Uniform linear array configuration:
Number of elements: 8
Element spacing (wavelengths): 0.5
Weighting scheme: hann
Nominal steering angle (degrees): -30
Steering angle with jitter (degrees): -31.085
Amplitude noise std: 0.05
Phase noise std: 0.05

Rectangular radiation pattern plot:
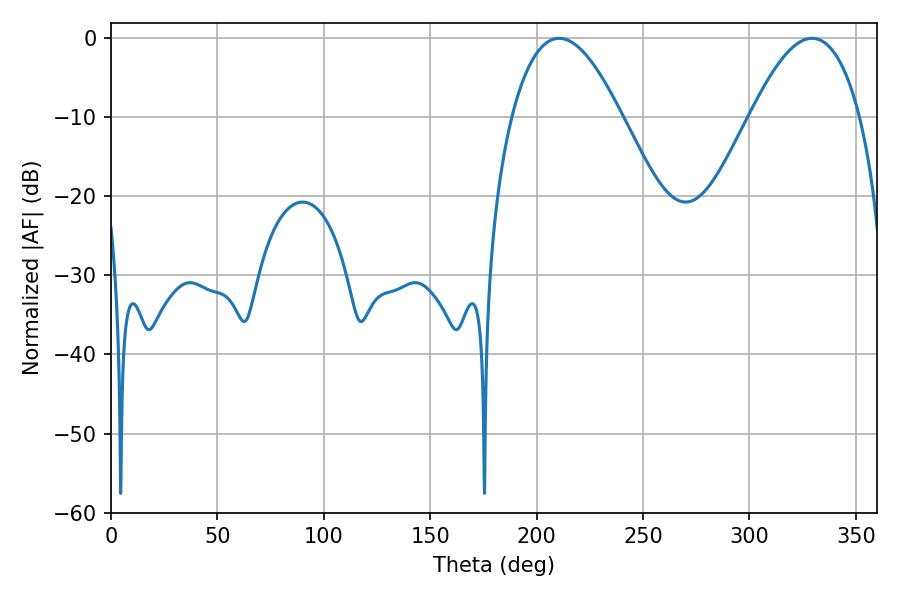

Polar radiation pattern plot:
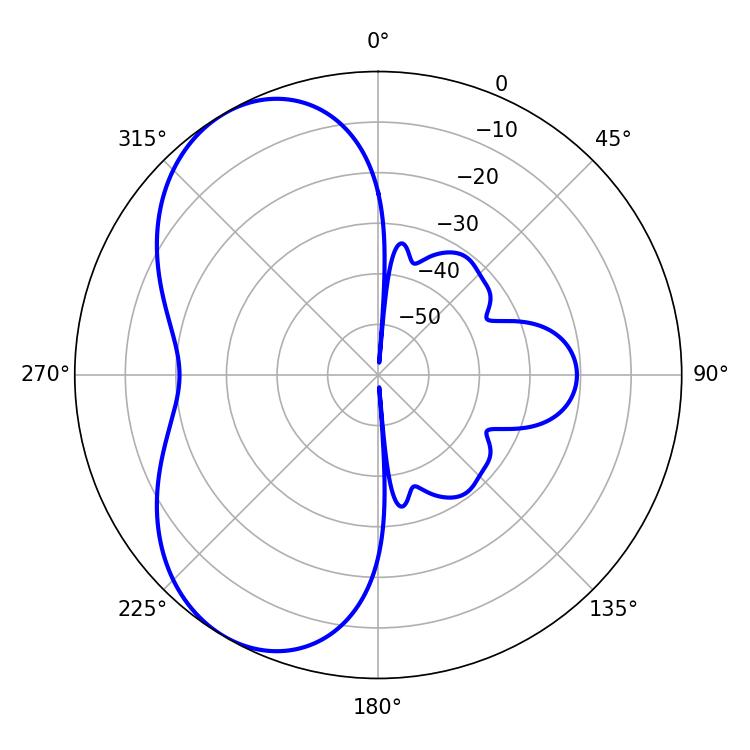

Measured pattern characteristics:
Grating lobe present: FALSE
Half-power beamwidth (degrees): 28.26
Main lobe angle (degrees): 210.6